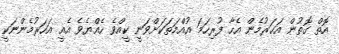
އޮތް ގޮތުން އަހަރުމެން އެހާ ފުރިހަމަ އުއްމަތަކަށްވަނީ ކީއްވެ ހެއްޔެވެ އެއީ އަހަރުމެންނަކީ